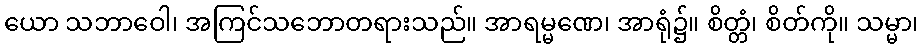
ယော သဘာဝေါ၊ အကြင်သဘောတရားသည်။ အာရမ္မဏေ၊ အာရုံ၌။ စိတ္တံ၊ စိတ်ကို။ သမ္မာ၊